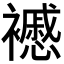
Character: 𧞰